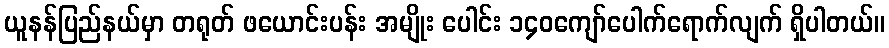
ယူနန်ပြည်နယ်မှာ တရုတ် ဖယောင်းပန်း အမျိုး ပေါင်း ၁၄၀ကျော်ပေါက်ရောက်လျက် ရှိပါတယ်။